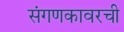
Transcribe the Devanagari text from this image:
संगणकावरची